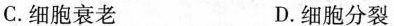
C.细胞衰老 D.细胞分裂